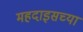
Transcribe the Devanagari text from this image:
महदाइसच्या